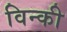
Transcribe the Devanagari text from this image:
विन्की